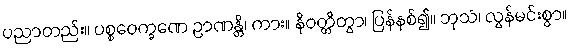
ပညာတည်း။ ပစ္စဝေက္ခဏေ ဉာဏန္တိ၊ ကား။ နိဝတ္တိတွာ၊ ပြန်နစ်၍။ ဘုသံ၊ လွန်မင်းစွာ။